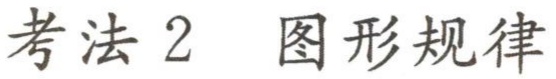
考法 2  图形规律